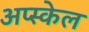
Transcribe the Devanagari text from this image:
अप्स्केल